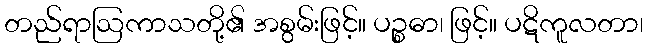
တည်ရာဩကာသတို့၏ အစွမ်းဖြင့်။ ပဉ္စဓာ၊ ဖြင့်။ ပဋိကူလတာ၊